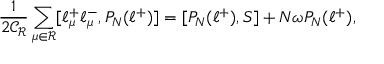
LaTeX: \frac { 1 } { 2 \mathcal { C _ { R } } } \sum _ { \mu \in \mathcal { R } } [ \ell _ { \mu } ^ { + } \ell _ { \mu } ^ { - } , P _ { N } ( \ell ^ { + } ) ] = [ P _ { N } ( \ell ^ { + } ) , S ] + N \omega P _ { N } ( \ell ^ { + } ) ,